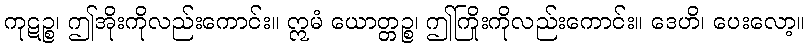
ကုဋဉ္စ၊ ဤအိုးကိုလည်းကောင်း။ ဣမံ ယောတ္တဉ္စ၊ ဤကြိုးကိုလည်းကောင်း။ ဒေဟိ၊ ပေးလော့။